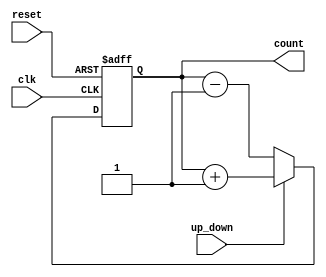
module up_down_counter (reset, clk, up_down, count);
     parameter N = 8;

     input reset, clk, up_down;
     output reg [N-1:0] count;

     // When up_down = 1  count upwards, otherwise
     // we count downwards
     always @(posedge clk or posedge reset) begin
          if (reset) count <= 0;
          else if (up_down) count <= count + 1;
          else count <= count - 1;
     end

endmodule